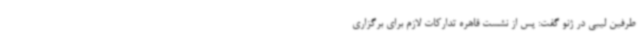
طرفین لیبی در ژنو گفت: پس از نشست قاهره تدارکات لازم برای برگزاری